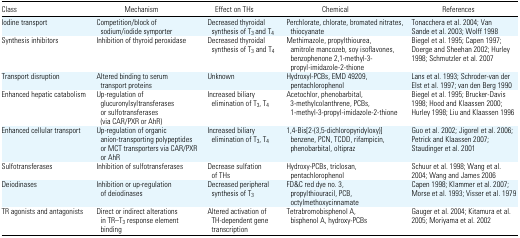
| Class | Mechanism | Effect on THs | Chemical | References |
 | --- | --- | --- | --- | --- |
 | Iodine transport | Competition/block of sodium/iodide symporter | Decreased thyroidal synthesis of T3 and T4 | Perchlorate, chlorate, bromated nitrates, thiocyanate | Tonacchera et al. 2004; Van Sande et al. 2003; Wolff 1998 |
 | Synthesis inhibitors | Inhibition of thyroid peroxidase | Decreased thyroidal synthesis of T3 and T4 | Methimazole, propylthiourea, amitrole mancozeb, soy isoflavones, benzophenone 2,1-methyl-3- propylimidazole-2-thione | Biegel et al. 1995; Capen 1997; Doerge and Sheehan 2002; Hurley 1998; Schmutzler et al. 2007 |
 | Transport disruption | Altered binding to serum transport proteins | Unknown | Hydroxyl-PCBs, EMD 49209, pentachlorophenol | Lans et al. 1993; Schroder-van der Elst et al. 1997; van den Berg 1990 |
 | Enhanced hepatic catabolism | Up-regulation of glucuronylsyltransferases or sulfotransferases (via CAR/PXR or AhR) | Increased biliary elimination of T3, T4 | Acetochlor, phenobarbital, 3-methylcolanthrene, PCBs, 1-methyl-3-propylimidazole-2-thione | Biegel et al. 1995; Brucker-Davis 1998; Hood and Klaassen 2000; Hurley 1998; Liu and Klaassen 1996 |
 | Enhanced cellular transport | Up-regulation of organic anion-transporting polypeptides or MCT transporters via CAR/PXR or AhR | Increased biliary elimination of T3, T4 | 1,4-Bis[2-(3,5-dichloropyridyloxy)] benzene, PCN, TCDD, rifampicin, phenobarbital, oltipraz | Guo et al. 2002; Jigorel et al. 2006; Petrick and Klaassen 2007; Staudinger et al. 2001 |
 | Sulfotransferases | Inhibition of sulfotransferases | Decrease sulfation of THs | Hydroxy-PCBs, triclosan, pentachlorophenol | Schuur et al. 1998; Wang et al. 2004; Wang and James 2006 |
 | Deiodinases | Inhibition or up-regulation of deiodinases | Decreased peripheral synthesis of T3 | FD&C red dye no. 3, propylthiouracil, PCB, octylmethoxycinnamate | Capen 1998; Klammer et al. 2007; Morse et al. 1993; Visser et al. 1979 |
 | TR agonists and antagonists | Direct or indirect alterations in TR–T3 response element binding | Altered activation of TH-dependent gene transcription | Tetrabromobisphenol A, bisphenol A, hydroxy-PCBs | Gauger et al. 2004; Kitamura et al. 2005; Moriyama et al. 2002 |